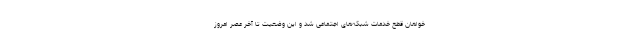
خواهان قطع خدمات شبکه‌های اجتماعی شد و این وضعیت تا آخر عصر امروز